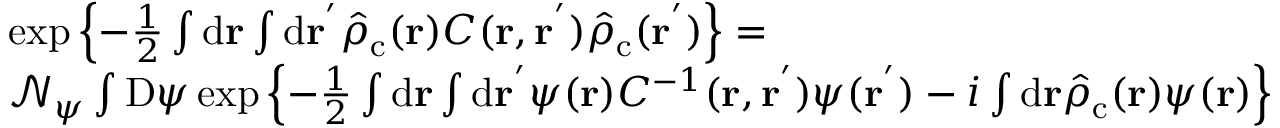
\begin{array} { r l } & { \exp \left\{ - \frac { 1 } { 2 } \int \mathrm { d } \mathbf { r } \int \mathrm { d } \mathbf { r ^ { ' } } \hat { \rho } _ { \mathrm { c } } ( \mathbf { r } ) C ( \mathbf { r } , \mathbf { r ^ { ' } } ) \hat { \rho } _ { \mathrm { c } } ( \mathbf { r ^ { ' } } ) \right\} = } \\ & { \mathcal { N } _ { \psi } \int \mathrm { D } \psi \exp \left\{ - \frac { 1 } { 2 } \int \mathrm { d } \mathbf { r } \int \mathrm { d } \mathbf { r ^ { ' } } \psi ( \mathbf { r } ) C ^ { - 1 } ( \mathbf { r } , \mathbf { r ^ { ' } } ) \psi ( \mathbf { r ^ { ' } } ) - i \int \mathrm { d } \mathbf { r } \hat { \rho } _ { \mathrm { c } } ( \mathbf { r } ) \psi ( \mathbf { r } ) \right\} } \end{array}